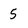
Character: 5